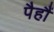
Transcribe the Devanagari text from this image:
पैहौं